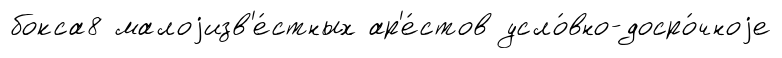
бокса8 малоjизв'е́стных ар'е́стов усло́вно-досро́чноjе